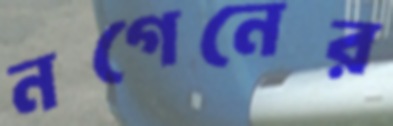
নগেনের